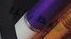
سيطرتنا